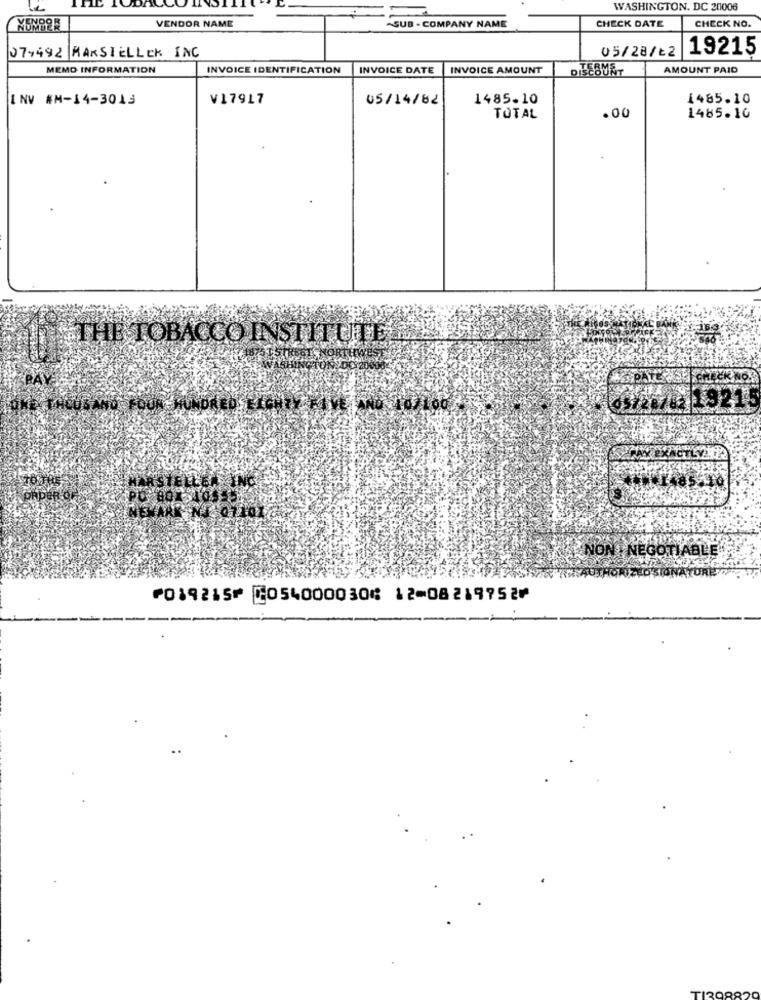
WASHINGTON, DC 20006
CHECK DATE
CHECK NO.
VENDOR NAME
-SUB - COMPANY NAME
071492 MARSTELLEK INC
05/28/Ł2
19215
MEMO INFORMATION
INVOICE IDENTIFICATION
INVOICE DATE
INVOICE AMOUNT
DIESURT
AMOUNT PAID
INV #M-14-3013
V17917
05/14/82
1485.10
1485.10
TOTAL
.00
1485.10
THE TOBACCO INSTITUTEDE
KINON T NEGOTIABLE"
SNAY
⑈019215⑈ ⑆054000030⑆ 12⑉08219752⑈
-